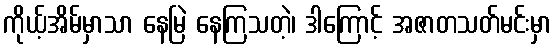
ကိုယ့်အိမ်မှာသာ နေမြဲ နေကြသတဲ့၊ ဒါကြောင့် အဇာတသတ်မင်းမှာ